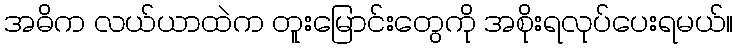
အဓိက လယ်ယာထဲက တူးမြောင်းတွေကို အစိုးရလုပ်ပေးရမယ်။